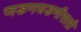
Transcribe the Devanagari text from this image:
जडणघडणीसाठी